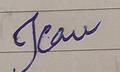
Signature authenticity: forged